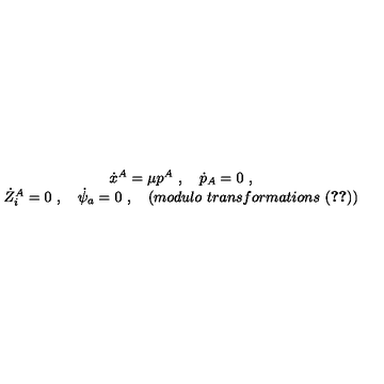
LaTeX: \begin{array} { c } { \dot { x } ^ { A } = \mu p ^ { A } \ , \quad \dot { p } _ { A } = 0 \ , } \\ { \dot { Z } _ { i } ^ { A } = 0 \ , \quad \dot { \psi } _ { a } = 0 \ , \quad ( m o d u l o \ t r a n s f o r m a t i o n s \ ( \ref { e q r e l } ) ) } \\ \end{array}